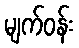
မျက်ဝန်း